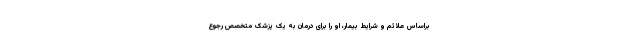
براساس علائم و شرایط بیمار، او را برای درمان به یک پزشک متخصص رجوع